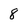
Character: 8